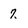
Character: 7